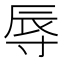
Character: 辱